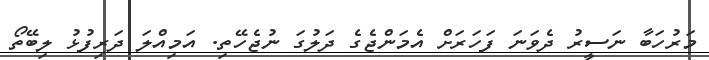
މަރުހަބާ ނަސީރު ދެވަނަ ފަހަރަށް އެމަންޖެގެ ދަލުގަ ނުޖެހޭތި. އަމިއްލަ ދަރިފުޅު ލިބޭތޯ